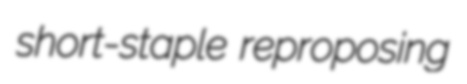
short-staple reproposing